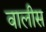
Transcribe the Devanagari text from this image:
वालीस